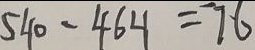
5 4 0 - 4 6 4 = 7 6